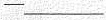
—___